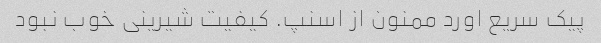
پیک سریع اورد ممنون از اسنپ. کیفیت شیرینی خوب نبود